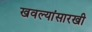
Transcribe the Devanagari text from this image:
खवल्यांसारखी